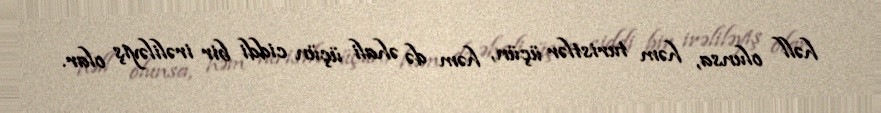
həll olunsa, həm turistlər üçün, həm də əhali üçün ciddi bir irəliləyiş olar.